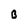
Character: B